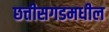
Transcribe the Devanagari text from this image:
छत्तीसगडमधील